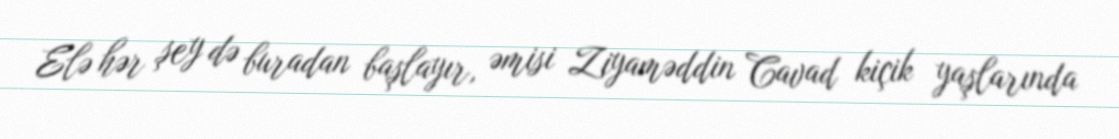
Elə hər şey də buradan başlayır, əmisi Ziyaməddin Cavad kiçik yaşlarında